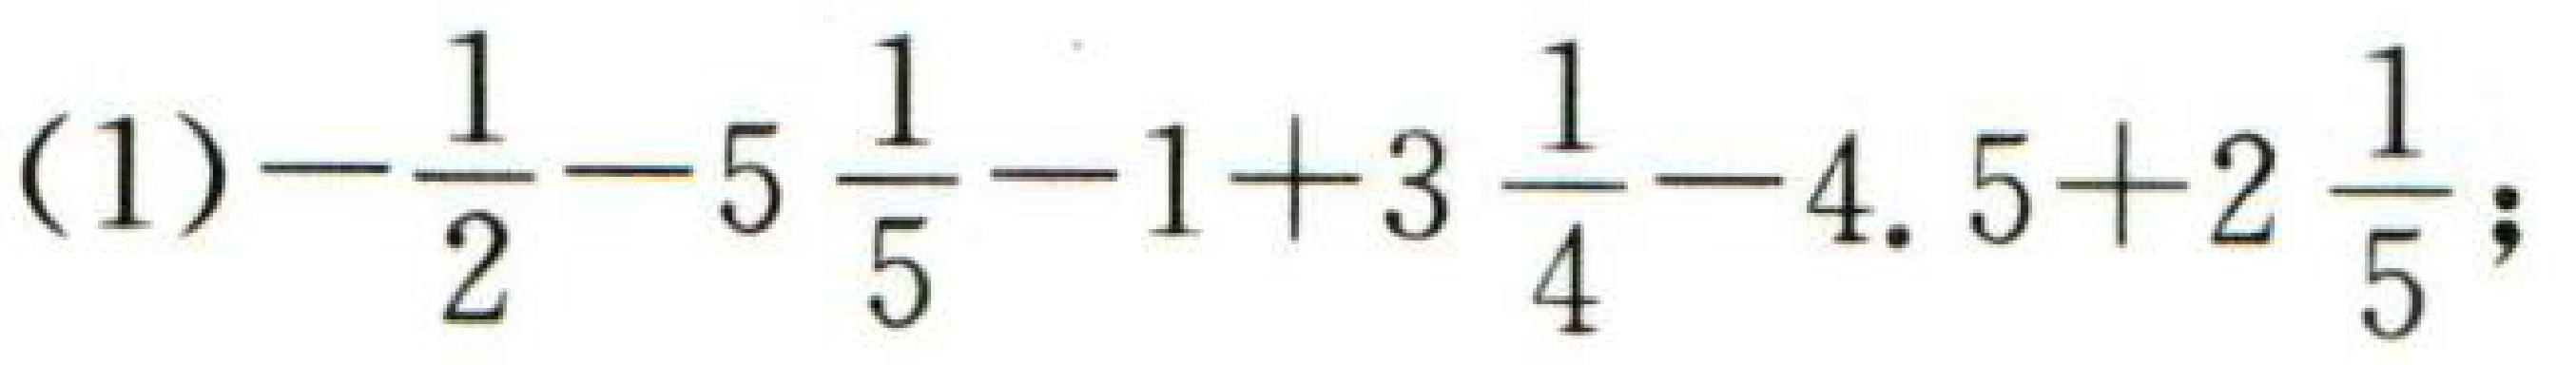
\((1)-\dfrac{1}{2}-5\dfrac{1}{5}-1 + 3\dfrac{1}{4}-4.5 + 2\dfrac{1}{5};\)